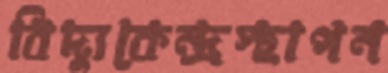
বিদ্যুকেন্দ্রস্থাপন